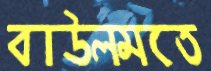
বাউলমতে